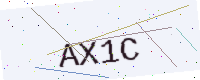
Text: AX1C